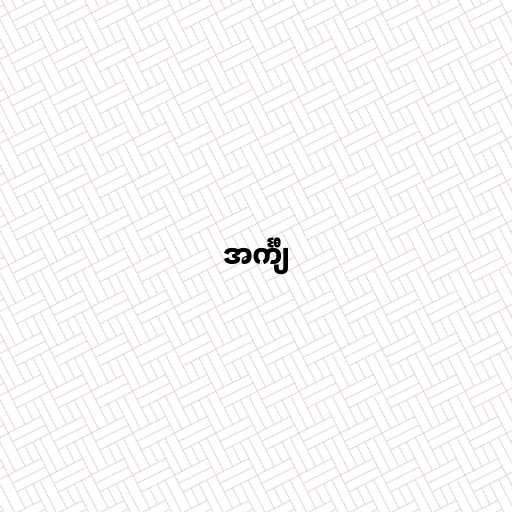
အင်္ကျီ